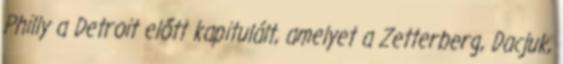
Philly a Detroit előtt kapitulált, amelyet a Zetterberg, Dacjuk,